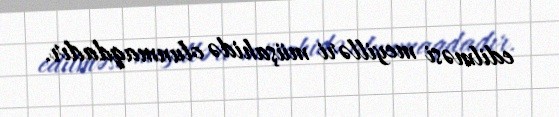
edilməsi meyilləri müşahidə olunmaqdadır.